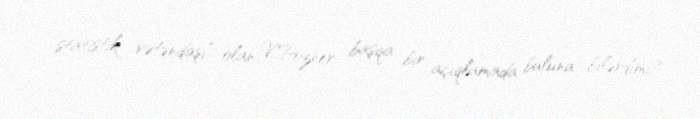
statistik vətəndaşı” olan V.Pozner başqa bir açıqlamada buluna bilərdimi?.